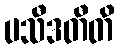
ပသီဒတီတိ